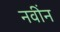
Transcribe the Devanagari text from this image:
नवींन